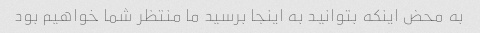
به محض اینکه بتوانید به اینجا برسید ما منتظر شما خواهیم بود